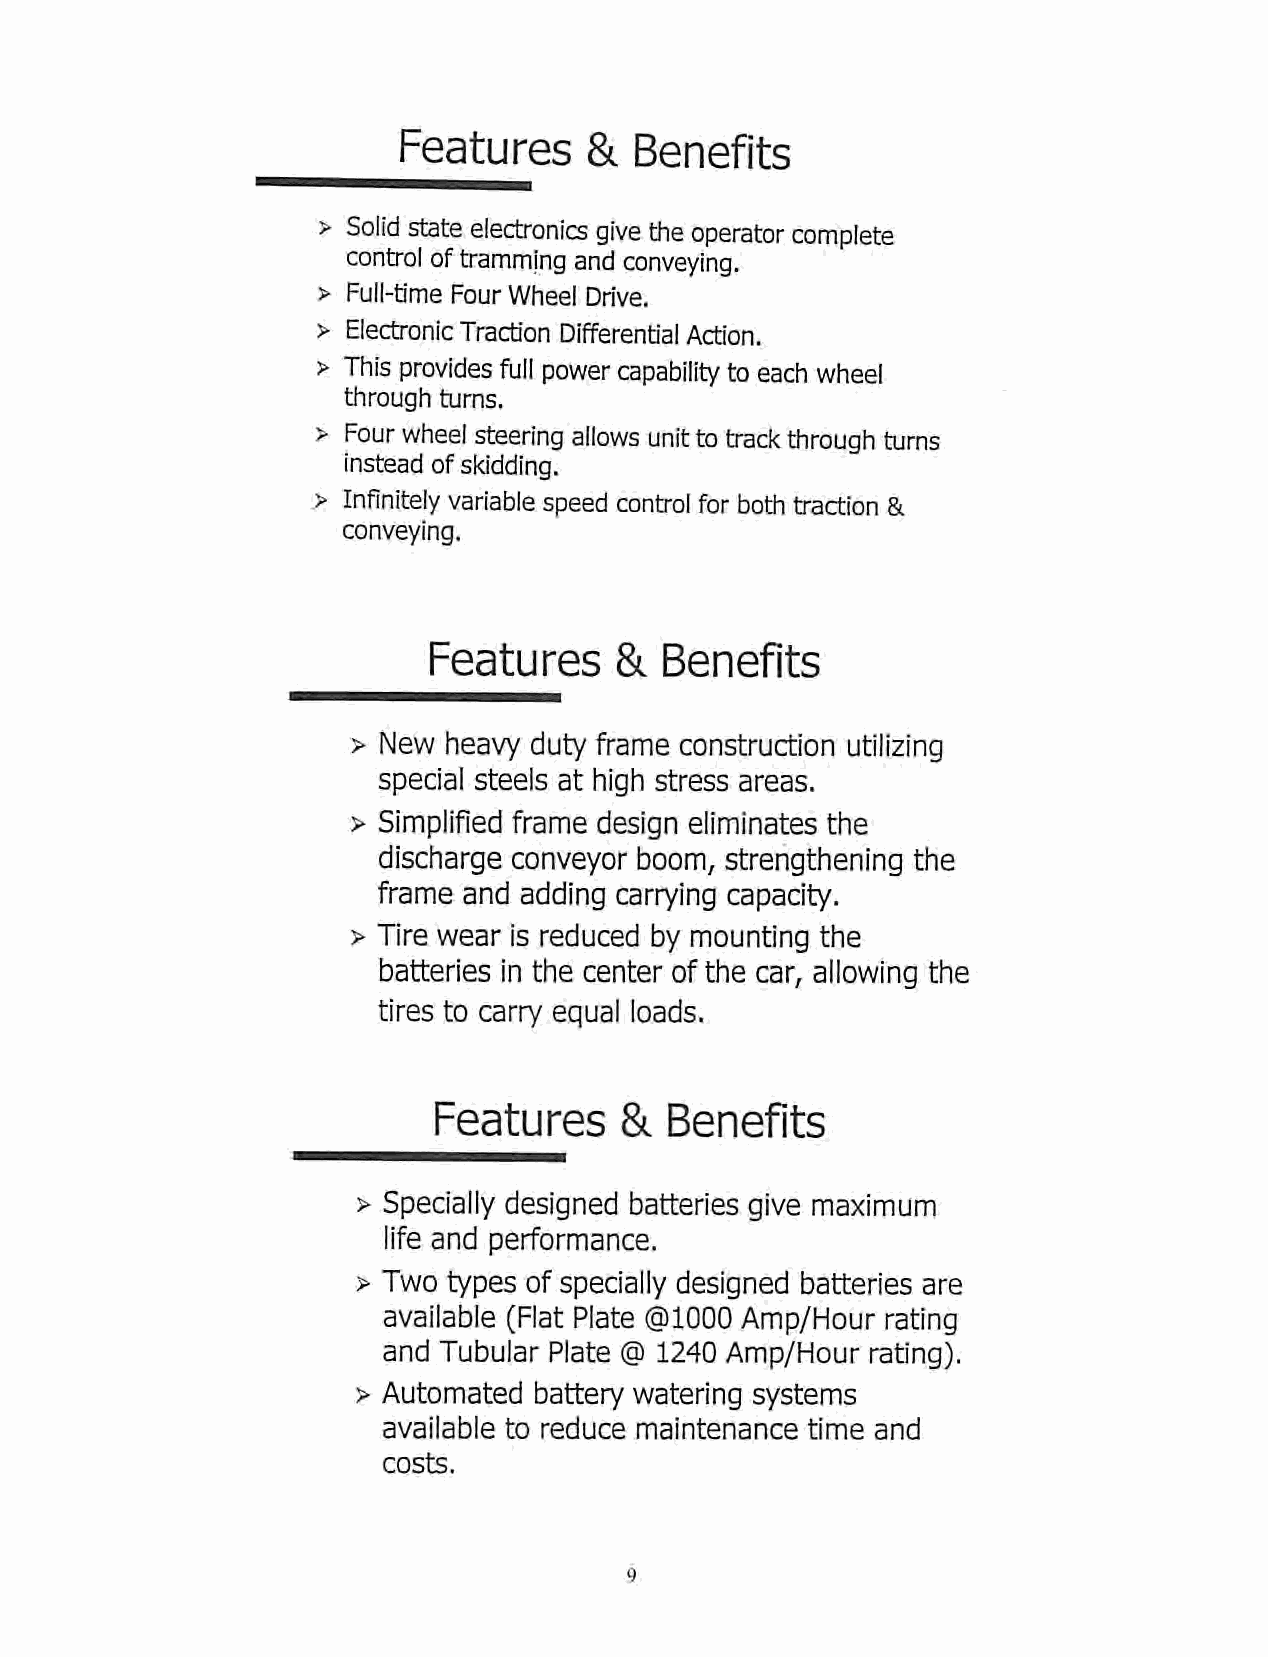
Features     &  Benefits
 > Solid state electronics give the operator complete
 control oftramming andconveying.
 > Full-time Four Wheel Drive.
 > Electronic Traction Differential Action.
 > This provides full power capability toeach wheel
 through turns.
 > Four wheel steering allows unit totrack through turns
 instead of skidding.
 > Infinitely variablespeed control for bothtraction &
 conveying.
 Features     &  Benefits
 > New heavy duty frame construction utilizing
 special steels at high stress areas.
 > Simplified frame design eliminates the
 discharge conveyor boom, strengthening the
 frame and adding carrying capacity.
 > Tire wear is reduced by mounting the
 batteries in the center of the car, allowing the
 tires to carry equal loads.
 Features    &  Benefits
 > Specially designed batteries give maximum
 life and performance.
 > Two types of specially designed batteries are
 available (Flat Plate @1000Amp/Hour rating
 and Tubular Plate @ 1240 Amp/Hour rating).
 > Automated battery watering systems
 available to reduce maintenance time and
 costs.